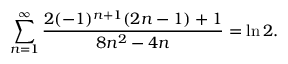
\sum _ { n = 1 } ^ { \infty } { \frac { 2 ( - 1 ) ^ { n + 1 } ( 2 n - 1 ) + 1 } { 8 n ^ { 2 } - 4 n } } = \ln 2 .